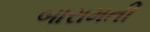
બારામતી